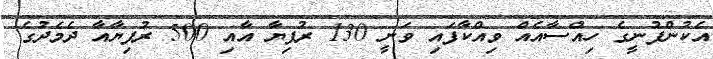
އެކުންފުނީގެ ހިއްސާއެއް ވިއްކާފައި ވަނީ 130 ރުފިޔާ އާއި 500 ރުފިޔާއާ ދެމެދުގެ